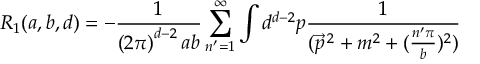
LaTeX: R _ { 1 } ( a , b , d ) = - \frac { 1 } { \left( 2 \pi \right) ^ { d - 2 } a b } \sum _ { n ^ { \prime } = 1 } ^ { \infty } \int d ^ { d - 2 } p \frac { 1 } { ( \vec { p } ^ { \, 2 } + m ^ { 2 } + ( \frac { n ^ { \prime } \pi } { b } ) ^ { 2 } ) }